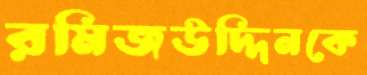
রমিজউদ্দিনকে